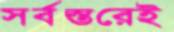
সর্বস্তরেই